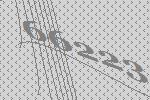
66223